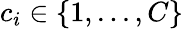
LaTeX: c_{i}\in\{ 1,...,C\}